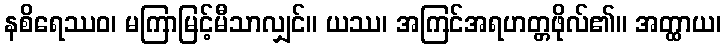
နစိရေဿဝ၊ မကြာမြင့်မီသာလျှင်။ ယဿ၊ အကြင်အရဟတ္တဖိုလ်၏။ အတ္ထာယ၊